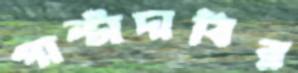
পাল্টাদাবির